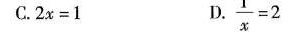
C.$$2 x = 1$$ D.$$\frac { 1 } { x } = 2 $$